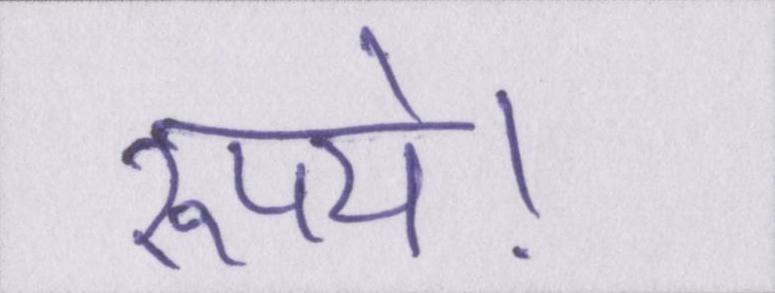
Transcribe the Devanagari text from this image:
रूपये।